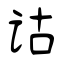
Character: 诂